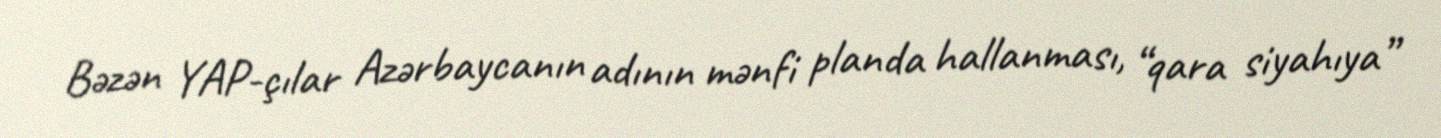
Bəzən YAP-çılar Azərbaycanın adının mənfi planda hallanması, “qara siyahıya”